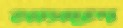
মাসলে